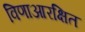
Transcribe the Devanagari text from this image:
विणाआरक्षित